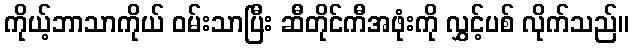
ကိုယ့်ဘာသာကိုယ် ဝမ်းသာပြီး ဆီတိုင်ကီအဖုံးကို လွှင့်ပစ် လိုက်သည်။